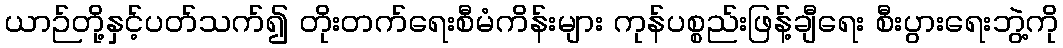
ယာဉ်တို့နှင့်ပတ်သက်၍ တိုးတက်ရေးစီမံကိန်းများ ကုန်ပစ္စည်းဖြန့်ချီရေး စီးပွားရေးဘွဲ့ကို